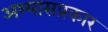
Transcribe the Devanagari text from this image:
अभ्यासप्रकार